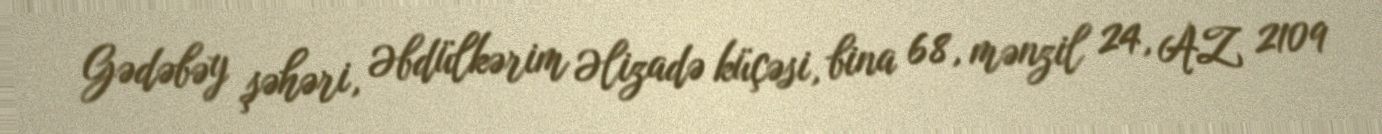
Gədəbəy şəhəri, Əbdülkərim Əlizadə küçəsi, bina 68, mənzil 24, AZ 2109